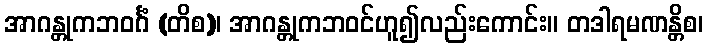
အာဂန္တုကဘဝင်္ဂံ (တိစ)၊ အာဂန္တုကဘဝင်ဟူ၍လည်းကောင်း။ တဒါရမဏန္တိစ၊